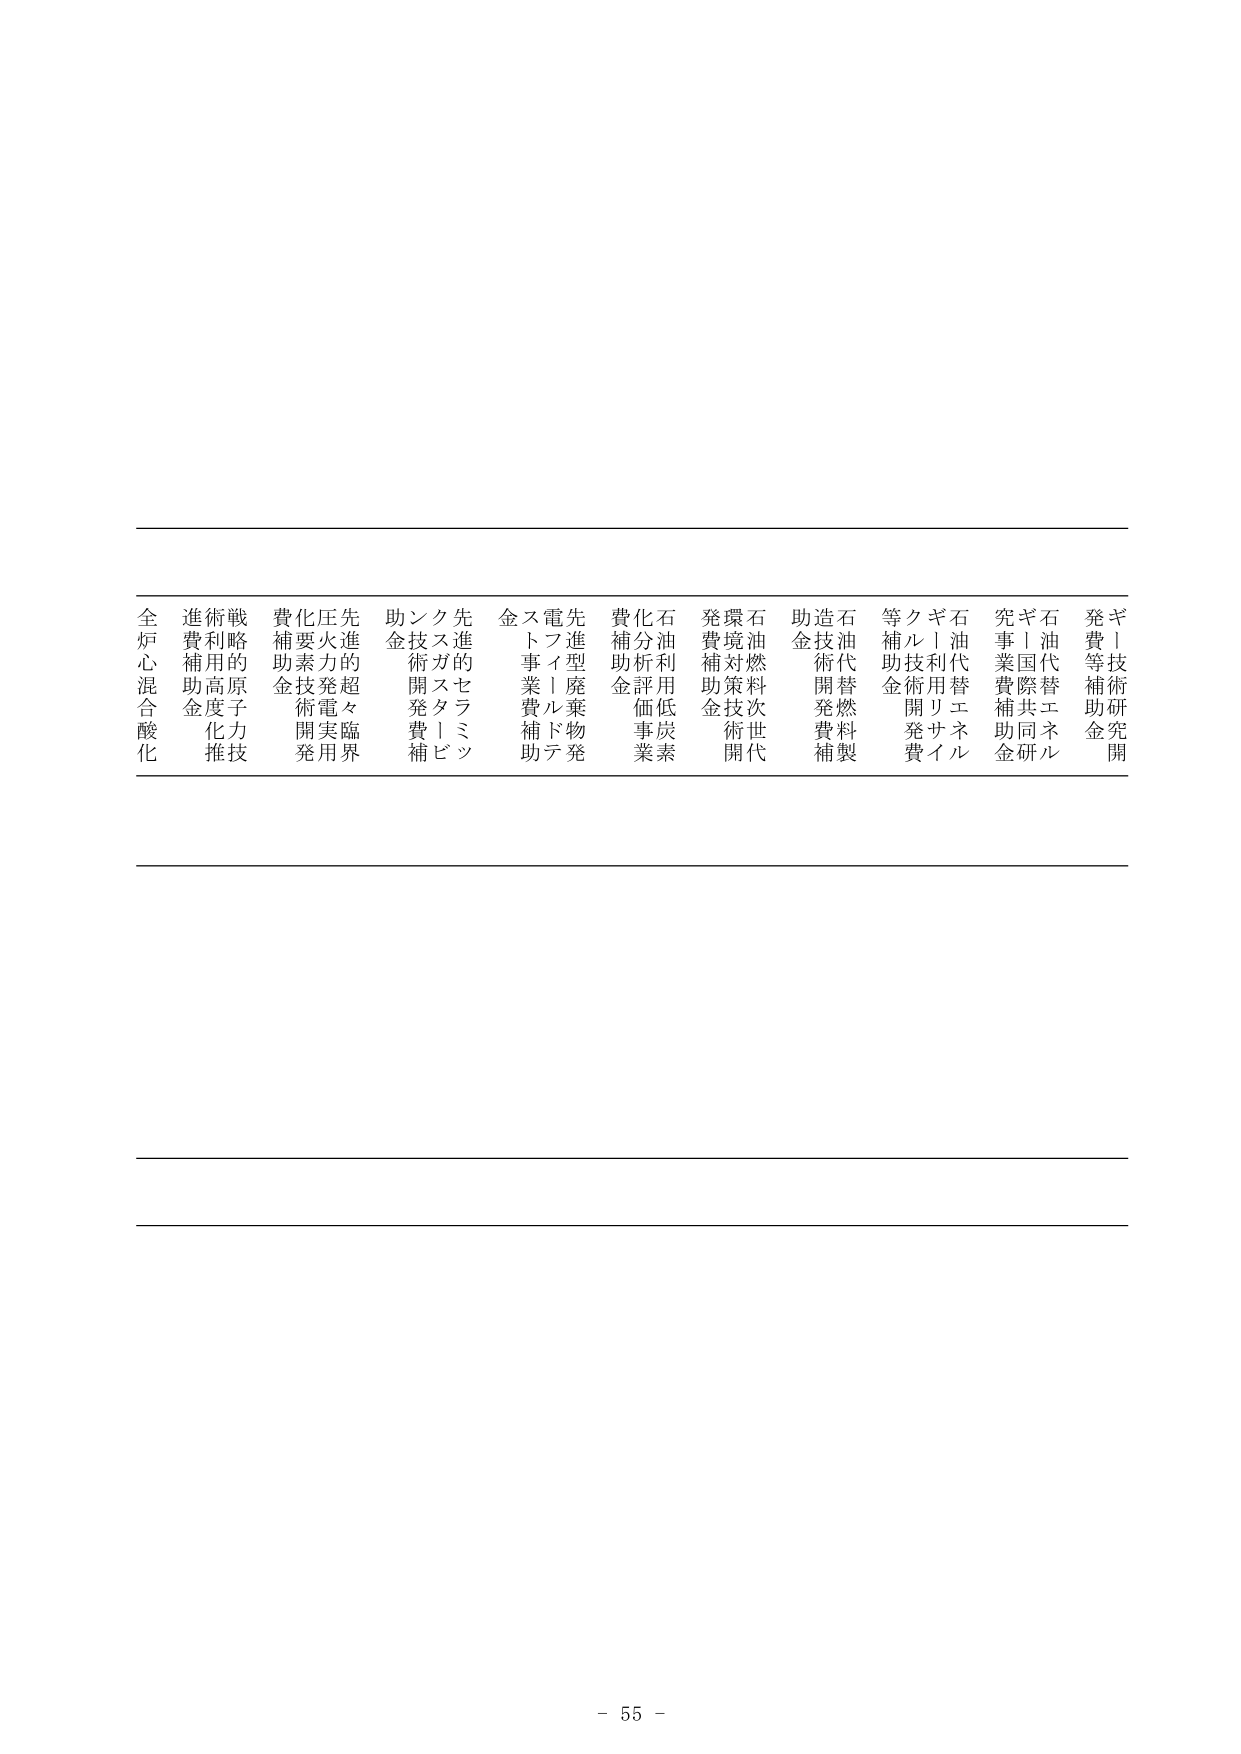
全炉心混合酸化
進術戦費利用的補助高原度化推技
費化圧先補要火力的金技術発電実臨発用界
助ンク先金技術開発補
スガセラミン
金ス電先トフイ型廃棄物発事業費補助
費化石補分析利用低炭素助金評価事業
発環境対策技術開発
石油燃料次世代
助造石金技術開発費補製
等クギ石油代替エネルギー技術利用リサイクル開発費
究ギ石事業国際共同研究費補助金
発ギ技術研究費補助金開

- 55 -